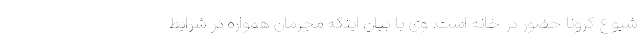
شیوع کرونا حضور در خانه است. وی با بیان اینکه مجرمان همواره در شرایط